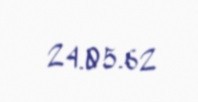
24.05.62